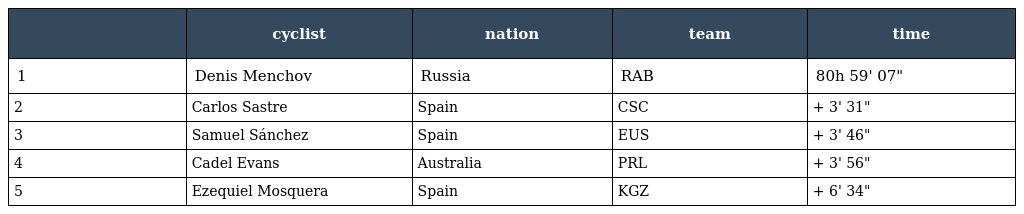
|  | cyclist | nation | team | time |
 | --- | --- | --- | --- | --- |
 | 1 | Denis Menchov | Russia | RAB | 80h 59' 07" |
 | 2 | Carlos Sastre | Spain | CSC | + 3' 31" |
 | 3 | Samuel Sánchez | Spain | EUS | + 3' 46" |
 | 4 | Cadel Evans | Australia | PRL | + 3' 56" |
 | 5 | Ezequiel Mosquera | Spain | KGZ | + 6' 34" |